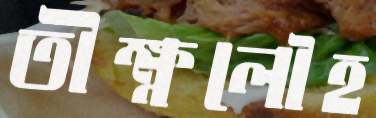
তীক্ষ্ণলৌহ